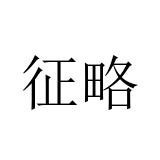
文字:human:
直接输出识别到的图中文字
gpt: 征略